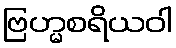
ဗြဟ္မစရိယဝါ